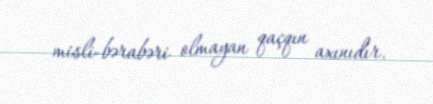
misli-bərabəri olmayan qaçqın axınıdır.